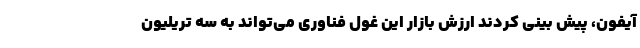
آیفون، پیش بینی کردند ارزش بازار این غول فناوری می‌تواند به سه تریلیون